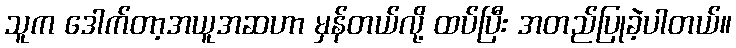
သူက ဒေါက်တာ့အယူအဆဟာ မှန်တယ်လို့ ထပ်ပြီး အတည်ပြုခဲ့ပါတယ်။